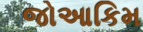
જોઆકિમ